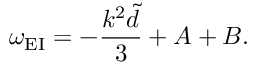
\omega _ { \mathrm { E I } } = - \frac { k ^ { 2 } \widetilde { d } } { 3 } + A + B .